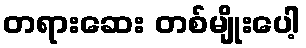
တရားဆေး တစ်မျိုးပေါ့